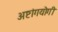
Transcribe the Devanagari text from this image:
अष्टांगयोगी